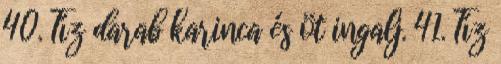
40. Tíz darab karinca és öt ingalj. 41. Tíz